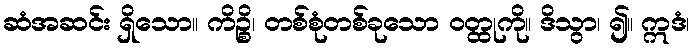
ဆံအဆင်း ရှိသော။ ကိဉ္စိ၊ တစ်စုံတစ်ခုသော ဝတ္ထုကို။ ဒိသွာ၊ ၍။ ဣဒံ၊